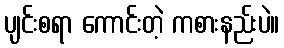
ပျင်းစရာ ကောင်းတဲ့ ကစားနည်းပဲ။